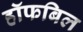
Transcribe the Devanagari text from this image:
हॉफबिल